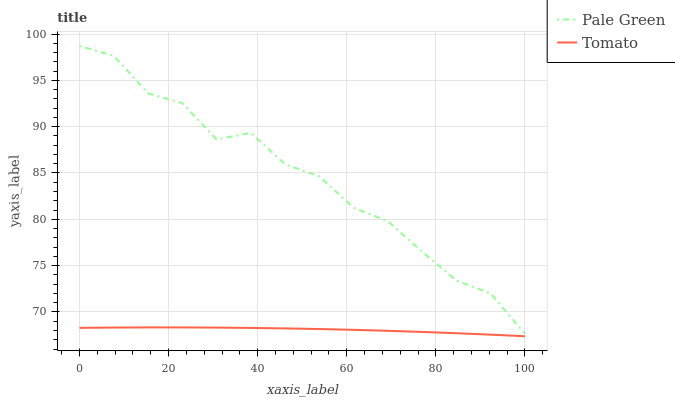
| xaxis_label | Pale Green | Tomato |
 | --- | --- | --- |
 | 0 | 98.7 | 68.3 |
 | 7.69 | 97.6 | 68.3 |
 | 15.4 | 93.6 | 68.3 |
 | 23.1 | 92.5 | 68.3 |
 | 30.8 | 88.6 | 68.3 |
 | 38.5 | 89.3 | 68.3 |
 | 46.2 | 85.9 | 68.2 |
 | 53.8 | 84.6 | 68.2 |
 | 61.5 | 81.3 | 68.1 |
 | 69.2 | 79.8 | 68 |
 | 76.9 | 76.5 | 67.8 |
 | 84.6 | 73.4 | 67.7 |
 | 92.3 | 72 | 67.5 |
 | 100 | 67.6 | 67.4 |